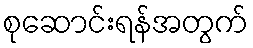
စုဆောင်းရန်အတွက်